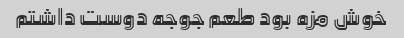
خوش مزه بود طعم جوجه دوست داشتم